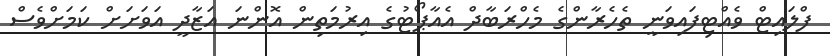
ފްލައިޓް ވެއްޓިފައިވަނީ ތެހެރާންގެ މެހްރަބާދް އެއާޕޯޓުގެ އިރުމަތިން އޮންނަ އަޒާދީ އަވަށަށް ކަމަށްވެސް